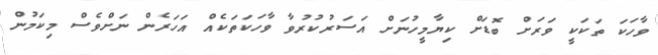
ވާހަކަ ތަކަކީ ވަރަށް ބޮޑަށް ކިޔާމީހުނަށް އަސަރުކުރުވާ ވާހަކަތަކެއް އަހަރެން ނަށްވެސް މިކަމުން